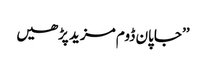
’’جاپان ڈوم مزید پڑھیں